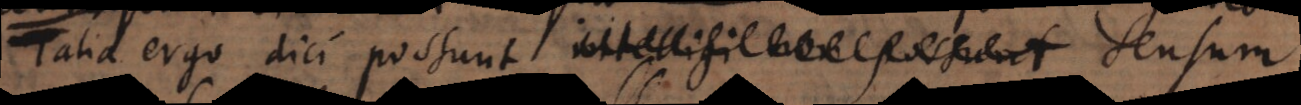
Talia ergo dici possunt, intelligi non